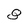
Character: 8